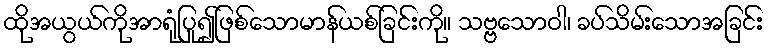
ထိုအယွယ်ကိုအာရုံပြု၍ဖြစ်သောမာန်ယစ်ခြင်းကို။ သဗ္ဗသောဝါ၊ ခပ်သိမ်းသောအခြင်း